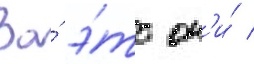
За́ э́то он'и́ /